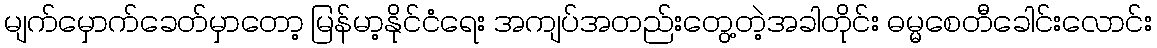
မျက်မှောက်ခေတ်မှာတော့ မြန်မာ့နိုင်ငံရေး အကျပ်အတည်းတွေ့တဲ့အခါတိုင်း ဓမ္မစေတီခေါင်းလောင်း